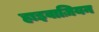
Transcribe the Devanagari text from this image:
हाइवाज़ियन